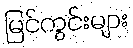
မြင်ကွင်းများ